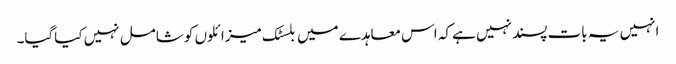
انہیں یہ بات پسند نہیں ہے کہ اس معاہدے میں بلسٹک میزائلوں کو شامل نہیں کیاگیا۔